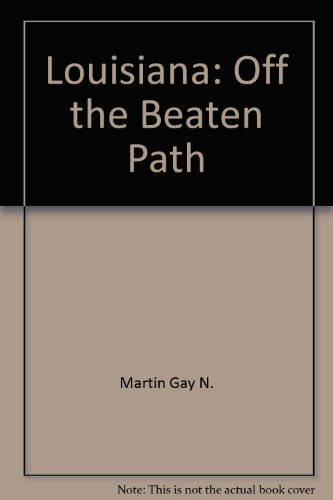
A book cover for Louisiana: Off the beaten path; Gay N Martin; Travel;